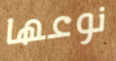
نوعها